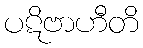
ပဋိဗာဟီတိ